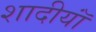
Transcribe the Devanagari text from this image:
शादीयाॅं